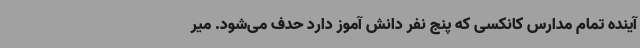
آینده تمام مدارس کانکسی که پنج نفر دانش آموز دارد حدف می‌شود. میر